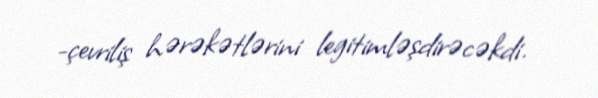
-çevriliş hərəkətlərini legitimləşdirəcəkdi.